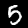
Label: 5